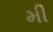
મી